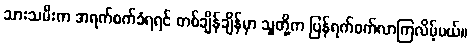
သားသမီးက အရက်စက်ခံရရင် တစ်ချိန်ချိန်မှာ သူတို့က ပြန်ရက်စက်လာကြလိမ့်မယ်။